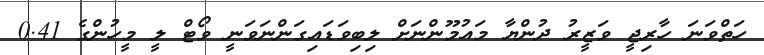
ހަތްވަނަ ހާރިޖީ ވަޒީރު ދުންޔާ މައުމޫންނަށް ލިބިވަޑައިގަންނަވަނީ ވޯޓް ލީ މީހުންގެ 0.41